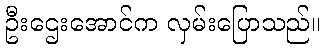
ဦးဌေးအောင်က လှမ်းပြောသည်။